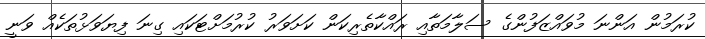
ކުރަމުން އަންނަ މުވައްޒަފުންގެ ސަލާމަތާއި ރައްކާތެރިކަން ކަށަވަރު ކުރުމަށްޓަކައި ގިނަ ފިޔަވަޅުތަކެއް ވަނީ